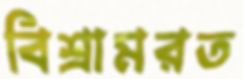
বিশ্রামরত